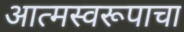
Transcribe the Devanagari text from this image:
आत्मस्वरूपाचा